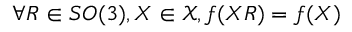
\forall R \in S O ( 3 ) , X \in \mathcal { X } , f ( X R ) = f ( X )